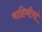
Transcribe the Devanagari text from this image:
वाहिनीयां